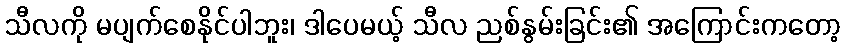
သီလကို မပျက်စေနိုင်ပါဘူး၊ ဒါပေမယ့် သီလ ညစ်နွမ်းခြင်း၏ အကြောင်းကတော့